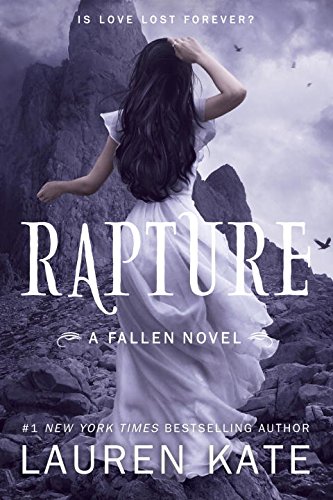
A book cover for Rapture (Fallen); Lauren Kate; Teen & Young Adult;